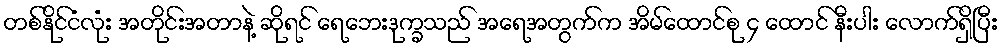
တစ်နိုင်ငံလုံး အတိုင်းအတာနဲ့ ဆိုရင် ရေဘေးဒုက္ခသည် အရေအတွက်က အိမ်ထောင်စု ၄ ထောင် နီးပါး လောက်ရှိပြီး